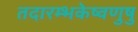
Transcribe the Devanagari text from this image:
तदारम्भकेष्वणुषु